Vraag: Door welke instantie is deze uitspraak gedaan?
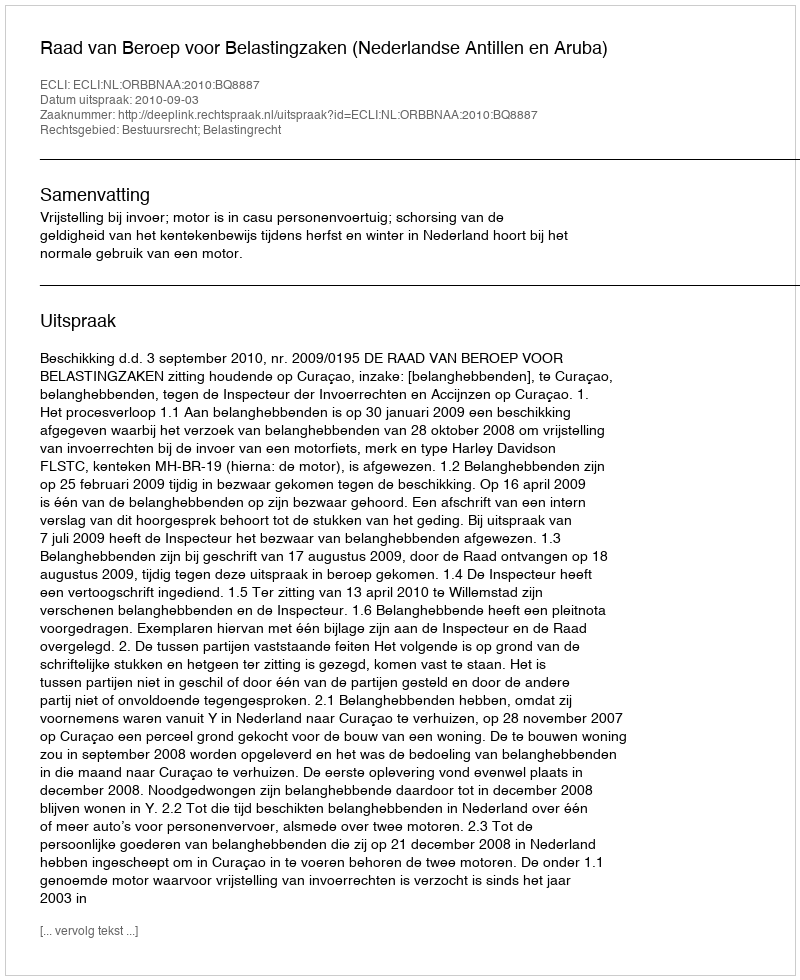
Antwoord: Raad van Beroep voor Belastingzaken (Nederlandse Antillen en Aruba)